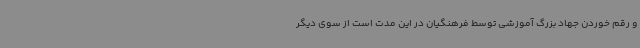
و رقم خوردن جهاد بزرگ آموزشی توسط فرهنگیان در این مدت است از سوی دیگر